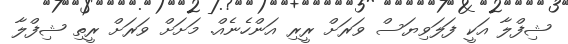
ޝިފްލާ އަކީ ފަލަވިޔަސް ވަރަށް ރީރި އަންހެނެއް. މަށަށް ވަރަށް ރީތި ޝިފްލާ